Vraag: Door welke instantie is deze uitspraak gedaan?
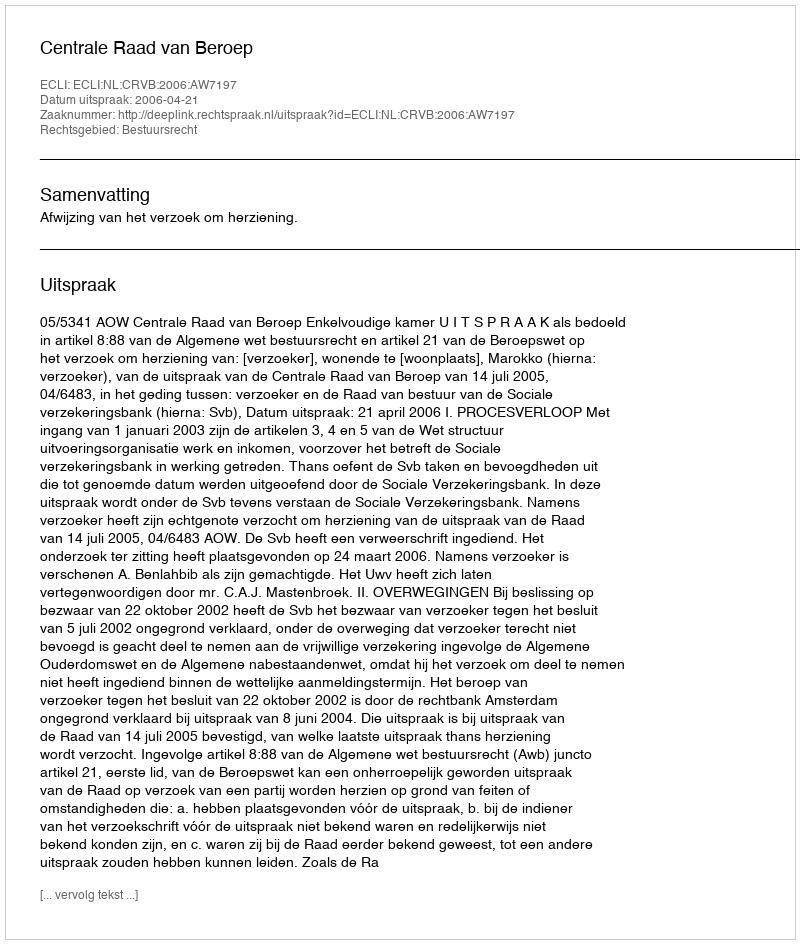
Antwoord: Centrale Raad van Beroep